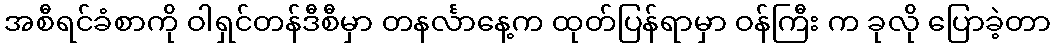
အစီရင်ခံစာကို ဝါရှင်တန်ဒီစီမှာ တနင်္လာနေ့က ထုတ်ပြန်ရာမှာ ဝန်ကြီး က ခုလို ပြောခဲ့တာ